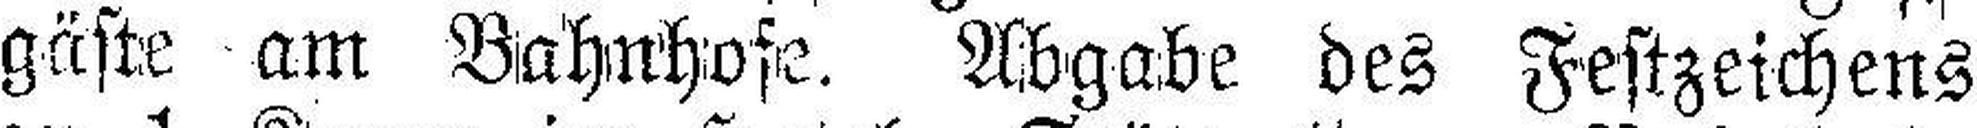
gäste am Bahnhofe. Abgabe des Festzeichens